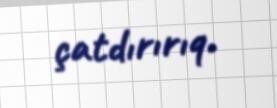
çatdırırıq.